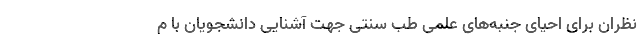
‌نظران برای احیای جنبه‌های علمی طب سنتی جهت آشنایی دانشجویان با م